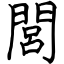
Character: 閭